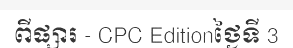
ពីផ្សារ - CPC Editionថ្ងៃទី 3